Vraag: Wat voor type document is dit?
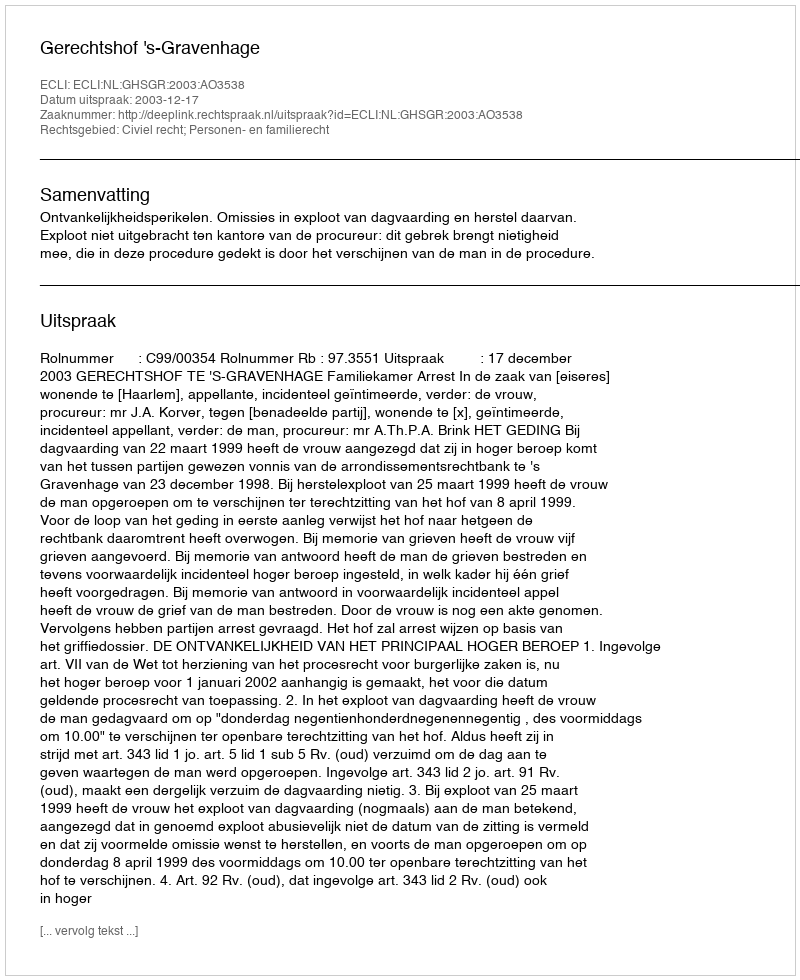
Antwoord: Uitspraak